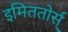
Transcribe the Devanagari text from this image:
इमिततोर्स्